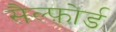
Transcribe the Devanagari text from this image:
सैल्फ़ोर्ड